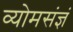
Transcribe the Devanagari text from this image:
व्योमसंज्ञं